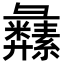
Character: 𦇚